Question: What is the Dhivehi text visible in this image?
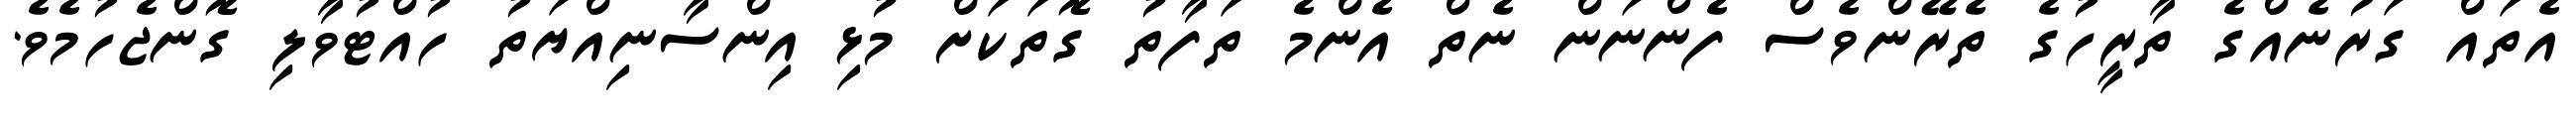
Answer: އެތައް ގަރުނެއްގެ ތާރީހުގެ ތެރޭންވެސް ފެންނަން ނެތް އެންމެ ތަފާތު ގޮތަކަށް މުޅި އިންސާނިއްޔަތު ހުއްޓުވާލި ގޮންޖެހުމެވެ.